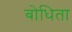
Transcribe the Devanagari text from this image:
बोधिता